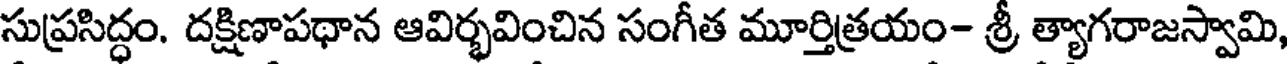
సుప్రసిద్ధం. దక్షిణాపథాన ఆవిర్భవించిన సంగీత మూర్తిత్రయం- శ్రీ త్యాగరాజస్వామి,